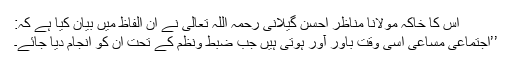
اس کا خاکہ مولانا مناظر احسن گیلانی رحمہ اللہ تعالیٰ نے ان الفاظ میں بیان کیا ہے کہ:
’’اجتماعی مساعی اسی وقت باور آور ہوتی ہیں جب ضبط ونظم کے تحت ان کو انجام دیا جائے۔